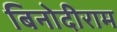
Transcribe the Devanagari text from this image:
बिनोदीराम